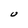
Character: U